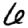
Digit: 6